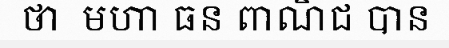
ថា  មហា ធន ពាណិជ បាន